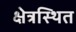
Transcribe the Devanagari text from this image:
क्षेत्रस्थित